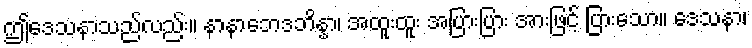
ဤဒေသနာသည်လည်း။ နာနာဘေဒဘိန္နာ၊ အထူးထူး အပြားပြား အားဖြင့် ပြားသော။ ဒေသနာ၊